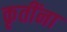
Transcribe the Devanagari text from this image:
कृतींना